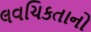
લવચિકતાનો